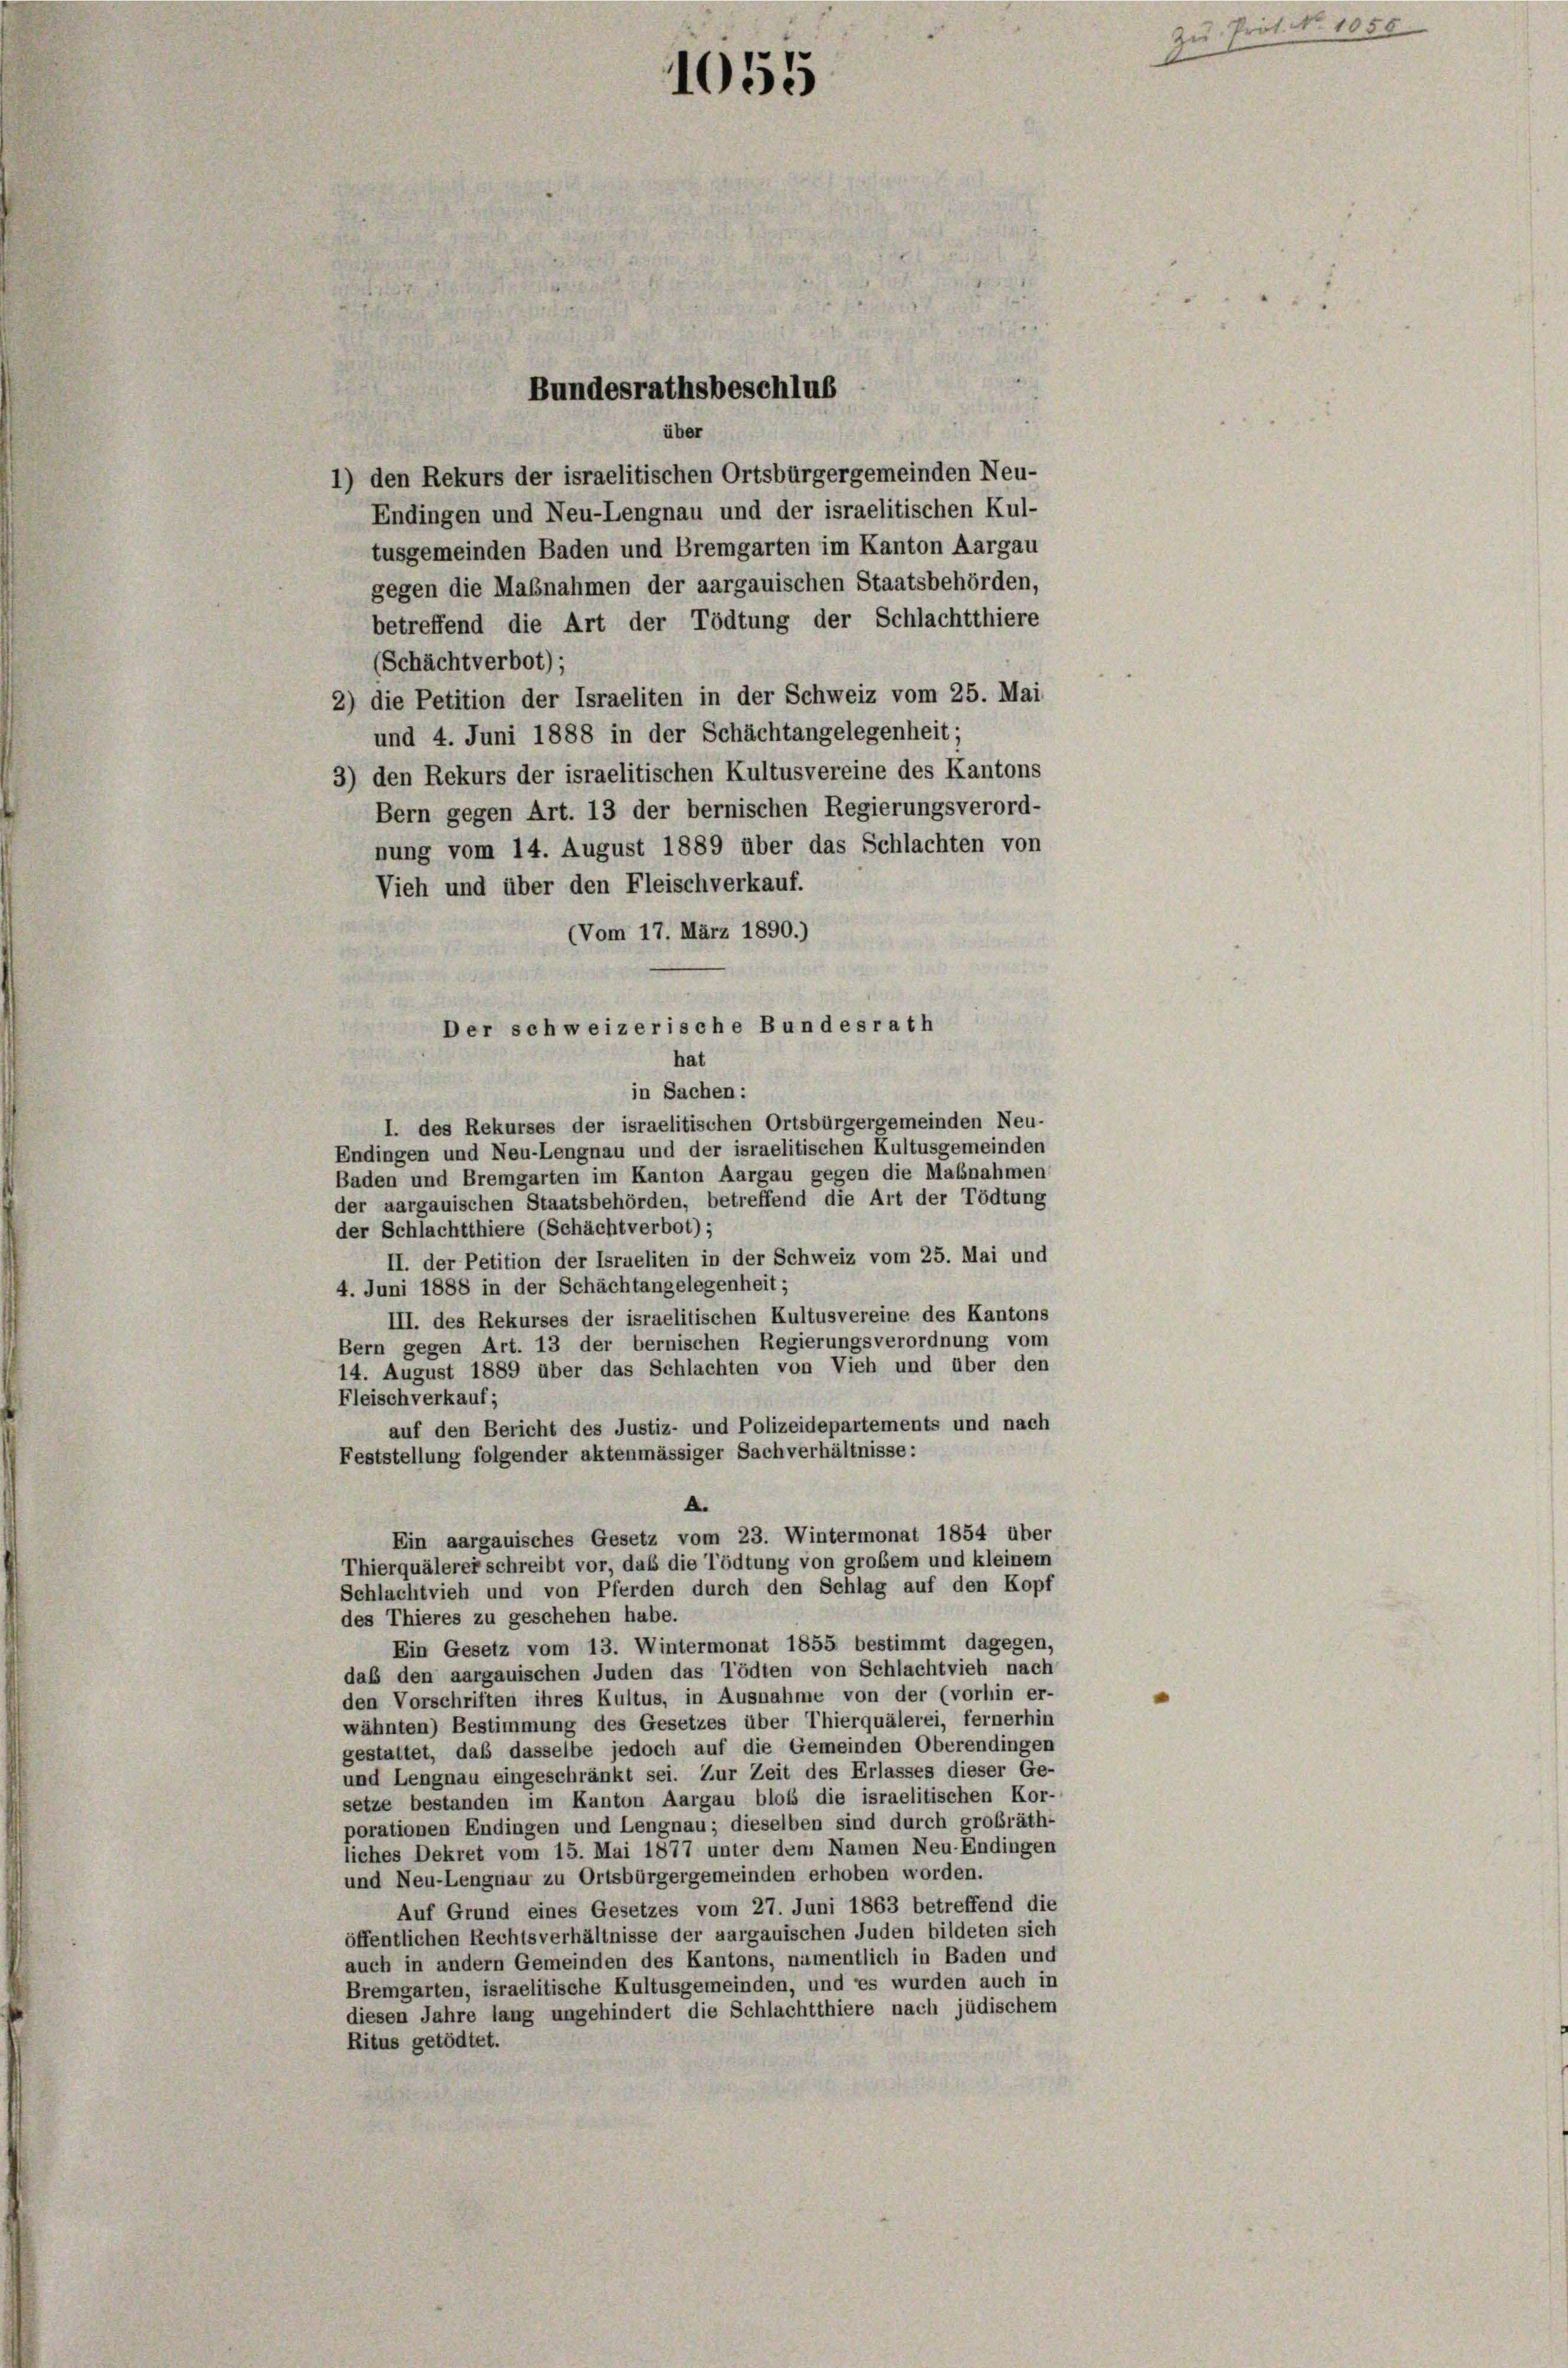
Der schweizerische Bundesrath
hat

1055

Bundesrathsbeschlus

über
1) den Rekurs der israelitischen Ortsbürgergemeinden Neu-
Endingen und Neu-Lengnau und der israelitischen Kul-
tusgemeinden Baden und Bremgarten im Kanton Aargau
gegen die Maßnahmen der aargauischen Staatsbehörden,
betreffend die Art der Tödtung der Schlachtthiere
(Schächtverbot);
2) die Petition der Israeliten in der Schweiz vom 25. Mai
und 4. Juni 1888 in der Schächtangelegenheit;
3) den Rekurs der israelitischen Kultusvereine des Kantons
Bern gegen Art. 13 der bernischen Regierungsverord-
nung vom 14. August 1889 über das Schlachten von
Vieh und über den Fleischverkauf.
(Vom 17. März 1890.)
in Sachen:
I. des Rekurses der israelitischen Ortsbürgergemeinden Neu-
Endingen und Neu-Lengnau und der israelitischen Kultusgemeinden
Baden und Bremgarten im Kanton Aargau gegen die Maßnahmen
der aargauischen Staatsbehörden, betreffend die Art der Tödtung
der Schlachtthiere (Schächtverbot);
II. der Petition der Israeliten in der Schweiz vom 25. Mai und
4. Juni 1888 in der Schächtangelegenheit;
III. des Rekurses der israelitischen Kultusvereine des Kantons
Bern gegen Art. 13 der bernischen Regierungsverordnung vom
14. August 1889 über das Schlachten von Vieh und über den
Fleisch verkauf;
auf den Bericht des Justiz- und Polizeidepartements und nach
Feststellung folgender aktenmässiger Sachverhältnisse:
A.
Ein aargauisches Gesetz vom 23. Wintermonat 1854 über
Thierquälerer schreibt vor, daß die Tödtung von großem und kleinem
Schlachtvieh und von Pferden durch den Schlag auf den Kopf
des Thieres zu geschehen habe.
Ein Gesetz vom 13. Wintermonat 1855 bestimmt dagegen,
daß den aargauischen Juden das Tödten von Schlachtvieh nach
den Vorschriften ihres Kultus, in Ausnahme von der (vorhin er-
wähnten) Bestimmung des Gesetzes über Thierquälerei, fernerhin
gestattet, daß dasselbe jedoch auf die Gemeinden Oberendingen
und Lengnau eingeschränkt sei. Zur Zeit des Erlasses dieser Ge-
setze bestanden im Kanton Aargau bloß die israelitischen Kor-
porationen Endingen und Lengnau; dieselben sind durch großräth-
liches Dekret vom 15. Mai 1877 unter dem Namen Neu-Endingen
und Neu-Lengnau zu Ortsbürgergemeinden erhoben worden.
Auf Grund eines Gesetzes vom 27. Juni 1863 betreffend die
öffentlichen Rechtsverhältnisse der aargauischen Juden bildeten sich
auch in andern Gemeinden des Kantons, namentlich in Baden und
Bremgarten, israelitische Kultusgemeinden, und es wurden auch in
diesen Jahre lang ungehindert die Schlachtthiere nach jüdischem
Ritus getödtet.

NNo. 1850